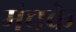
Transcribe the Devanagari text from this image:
मंचके